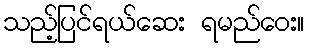
သည့်ပြင်ရယ်ဆေး ရမည်ဝေး။